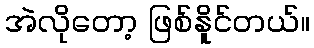
အဲလိုတော့ ဖြစ်နိူင်တယ်။